Scottish Certificate of Education, 1963
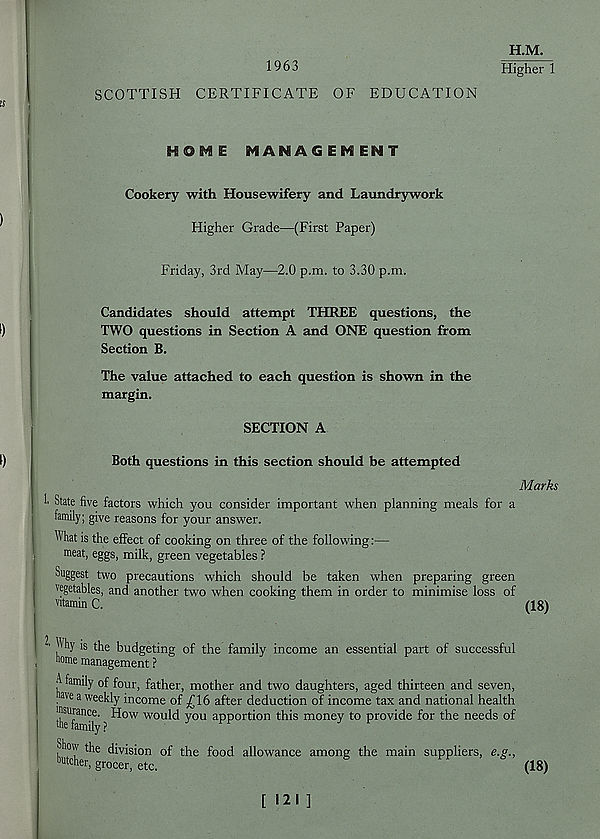
1963
H.M.
Higher 1
SCOTTISH CERTIFICATE OF EDUCATION
MANAGEMENT
Cookery with Housewifery and Laundrywork
Higher Grade—(First Paper)
Friday, 3rd May—2.0 p.m. to 3.30 p.m.
Candidates should attempt THREE questions, the
TWO questions in Section A and ONE question from
Section B.
The value attached to each question is shown in the
margin.
SECTION A
Both questions in this section should be attempted
Marks
State five factors which you consider important when planning meals for a
family; give reasons for your answer.
What is the effect of cooking on three of the following:—
meat, eggs, milk, green vegetables ?
Suggest two precautions which should be taken when preparing green
vegetables, and another two when cooking them in order to minimise loss of
vitamin C.
(18)
is the budgeting of the family income an essential part of successful
uome management ?
foully of four, father, mother and two daughters, aged thirteen and seven,
uvea weekly income of £16 after deduction of income tax and national health
insurance. How would you apportion this money to provide for the needs of
®e family ?
QVi °w the division of the food allowance among the main suppliers, e.g.,
outcher, grocer, etc.
(18)
[ 121 ]